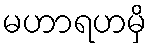
မဟာရဟမှိ